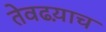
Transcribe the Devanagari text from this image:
तेवढय़ाच